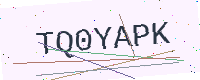
Text: TQ0YAPK